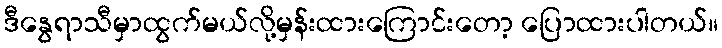
ဒီနွေရာသီမှာထွက်မယ်လို့မှန်းထားကြောင်းတော့ ပြောထားပါတယ်။